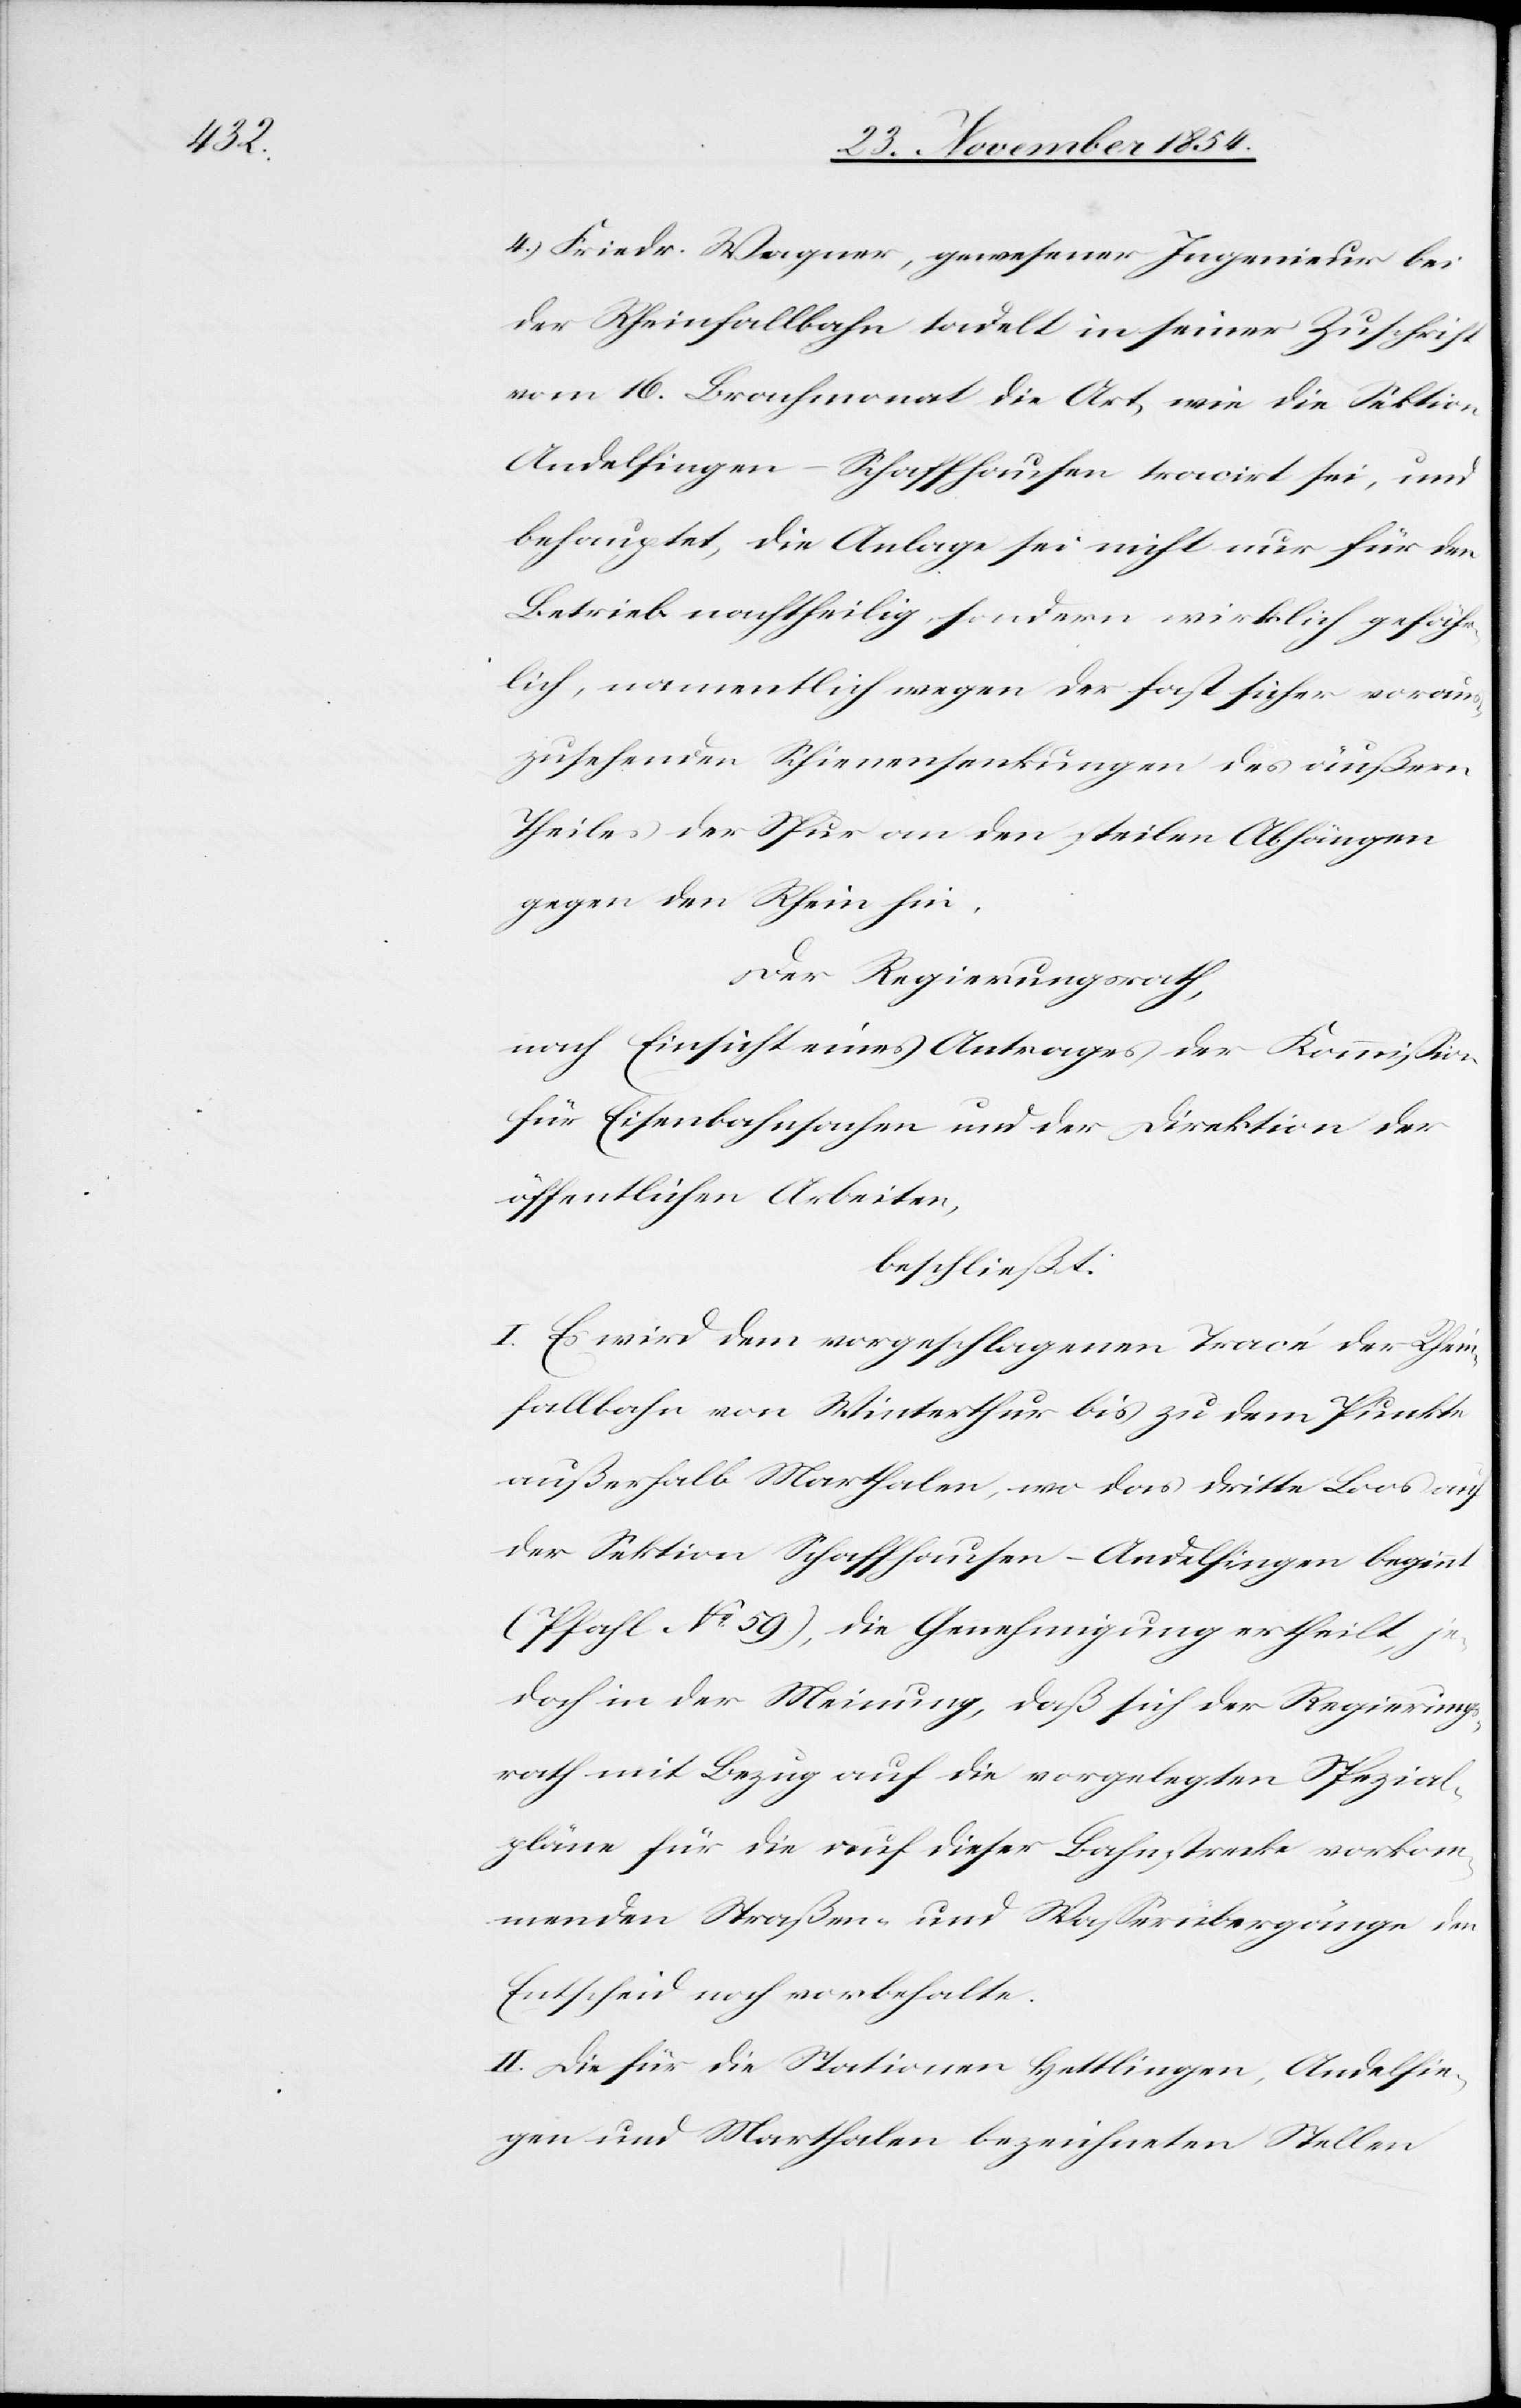
4.) Friedr. Wagner, gewesener Ingenieur bei
der Rheinfallbahn tadelt in seiner Zuschrift
vom 16. Brachmonat die Art, wie die Sektion
Andelfingen-Schaffhausen tracirt sei, und
behauptet, die Anlage sei nicht nur für den
Betrieb nachtheiligt, sondern wirklich gefähr¬
lich, namentlich wegen der fast sicher voraus¬
zusehenden Schienensenkungen des äußern
Theiles der Spur an den steilen Abhängen
gegen den Rhein hin.
Der Regierungsrath,
nach Einsicht eines Antrages der Kommißion
für Eisenbahnsachen und der Direktion der
öffentlichen Arbeiten,
beschließt:
I. Es wird dem vorgeschlagenen Tracé der Rhein¬
fallbahn von Winterthur bis zu dem Punkte
außerhalb Marthalen, wo das dritte Loos auf
der Station Schaffhausen-Andelfingen beginnt
(Pfahl No 59), die Genehmigung ertheilt, je¬
doch in der Meinung, daß sich der Regierungs¬
rath mit Bezug auf die vorgelegten Spezial¬
pläne für die auf dieser Bahnstrecke vorkom¬
menden Straßen- und Waßerübergänge den
Entscheid noch vorbehalte.
II. Die für die Stationen Hettlingen, Andelfin¬
gen und Marthalen bezeichneten Stellen